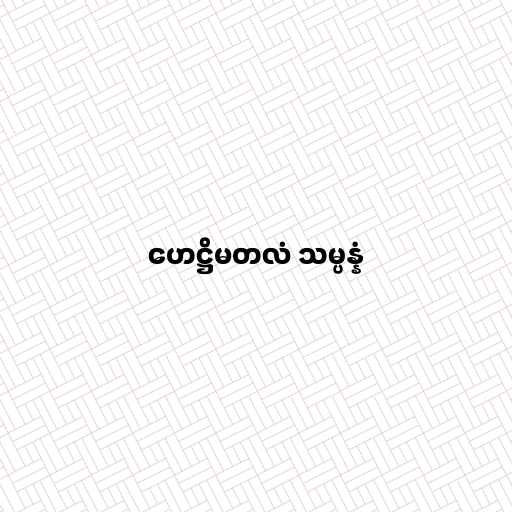
ဟေဋ္ဌိမတလံ သမ္ပန္နံ